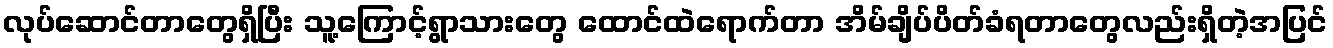
လုပ်ဆောင်တာတွေရှိပြီး သူ့ကြောင့်ရွာသားတွေ ထောင်ထဲရောက်တာ အိမ်ချိပ်ပိတ်ခံရတာတွေလည်းရှိတဲ့အပြင်